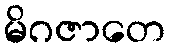
မိဂဇာတေ